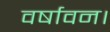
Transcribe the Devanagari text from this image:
वर्षावन।